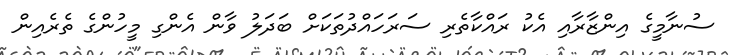
ސުނާމީގެ އިންޒާރާއި އެކު ރައްކާތެރި ސަރަހައްދުތަކަށް ބަދަލު ވާން އެންގި މީހުންގެ ތެރެއިން